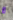
لا